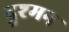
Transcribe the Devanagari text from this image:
दुश्‍मन